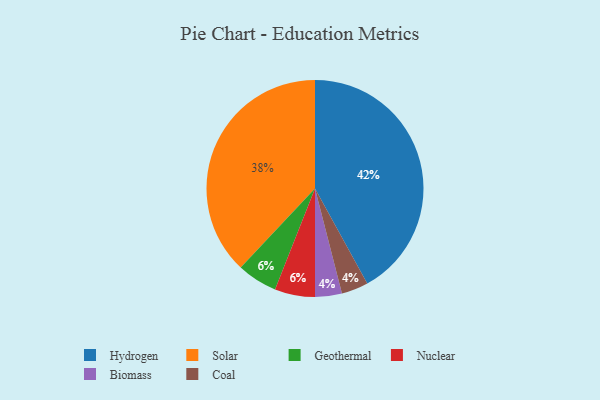
{"axis": {"x": "Category", "y": "Percentage"}, "legend": ["Biomass", "Coal", "Geothermal", "Hydrogen", "Nuclear", "Solar"], "data": [{"x": "Solar", "y": 38, "type": "Solar"}, {"x": "Geothermal", "y": 6, "type": "Geothermal"}, {"x": "Biomass", "y": 4, "type": "Biomass"}, {"x": "Nuclear", "y": 6, "type": "Nuclear"}, {"x": "Coal", "y": 4, "type": "Coal"}, {"x": "Hydrogen", "y": 42, "type": "Hydrogen"}]}